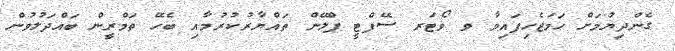
ގެންދިޔުމަށް ހަމަޖެހިފައިވާ ވ ވޯޓަރ ސޭފްޓީ ޕްލޭން ތައްޔާރުކުރުމާއި ބެހޭ ތަމްރީން ބައްދަލުވުން